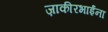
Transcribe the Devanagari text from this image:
ज़ाकीरभाईंना